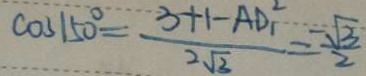
\cos 1 5 0 ^ { \circ } = \frac { 3 + 1 - A D _ { 1 } ^ { 2 } } { 2 \sqrt { 3 } } = \frac { - \sqrt { 3 } } { 2 }